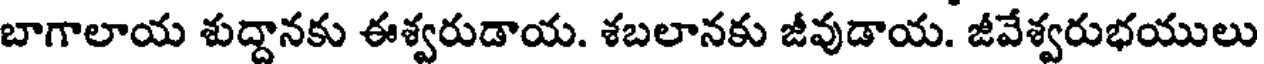
బాగాలాయ శుద్దానకు ఈశ్వరుడాయ. శబలానకు జీవుడాయ. జీవేశ్వరుభయులు